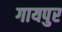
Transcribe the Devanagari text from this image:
गायपुर